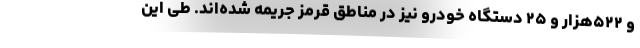
و ۵۲۲هزار و ۲۵ دستگاه خودرو نیز در مناطق قرمز جریمه شده‌اند. طی این